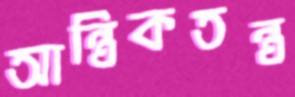
আন্ত্রিকতন্ত্র